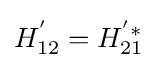
H_{12}^{'}=H_{21}^{'*}